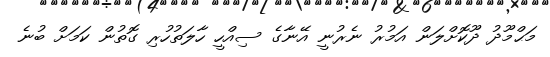
މަޙްމޫދު ދޫކޮށްލަން އަމުރު ނެރުނީ އޭނާގެ ސިއްހީ ހާލަތުހުރި ގޮތުން ކަމަށް ބުނެ